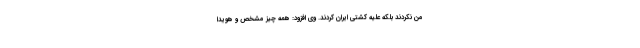
من نکردند بلکه علیه کشتی ایران کردند. وی افزود: همه چیز مشخص و هویدا